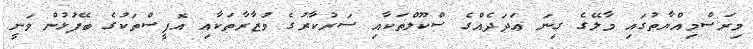
މިރަސްމިއްޔާތުގައި މާލޭގެ ގިނަ ޢަދަދެއްގެ ސްކޫލްތަކާއި ސަރުކާރުގެ ވުޒާރާތަކާއި އޮފީސްތަކުގެ ބޭފުޅުން ވަނީ